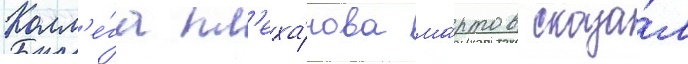
Колл'е́га пл'еха́нова ма́ртов сказа́л